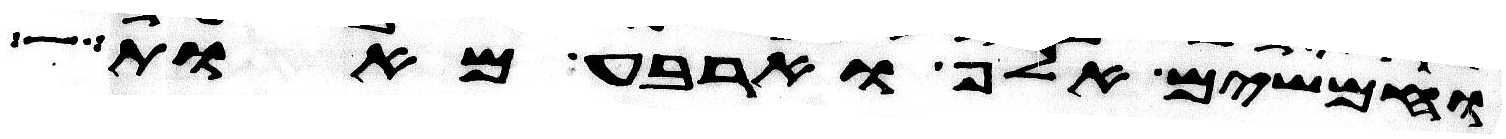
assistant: וחמשים אלף וארבע מאות